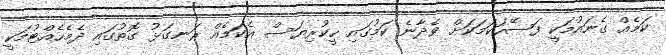
ކަމެއް ގެނައުމަކީ ފަސޭހަކަމަކަށް ވެދާނެ ކަމުގައި ހީކުރިޔަސް އެކަމެއް ރަނގަޅު ގޮތުގައި ދެމެހެއްޓުމަކީ